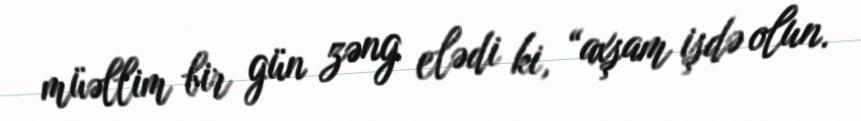
müəllim bir gün zəng elədi ki, “axşam işdə olun.